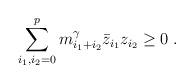
LaTeX: \begin{align*}\sum_{i_1,i_2 = 0}^p m_{i_1 + i_2}^{\gamma} \bar{z}_{i_1} z_{i_2} \geq 0\;.\end{align*}